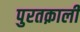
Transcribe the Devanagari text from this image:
पुरतक़ाली